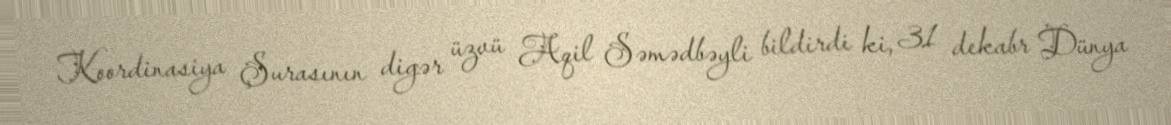
Koordinasiya Şurasının digər üzvü Aqil Səmədbəyli bildirdi ki, 31 dekabr Dünya